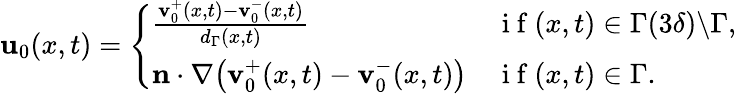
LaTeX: \begin{array}{r}{\mathbf{u}_{0}(x,t)=\left\{ \begin{array}{ll}{\frac{\mathbf{v}_{0}^{+}(x,t)-\mathbf{v}_{0}^{-}(x,t)}{d_{\Gamma}(x,t)}}&{\mathrm{~i~f~}(x,t)\in\Gamma(3\delta)\backslash\Gamma,}\\ {\mathbf{n}\cdot\nabla\big(\mathbf{v}_{0}^{+}(x,t)-\mathbf{v}_{0}^{-}(x,t)\big)}&{\mathrm{~i~f~}(x,t)\in\Gamma.}\end{array}\right.}\end{array}